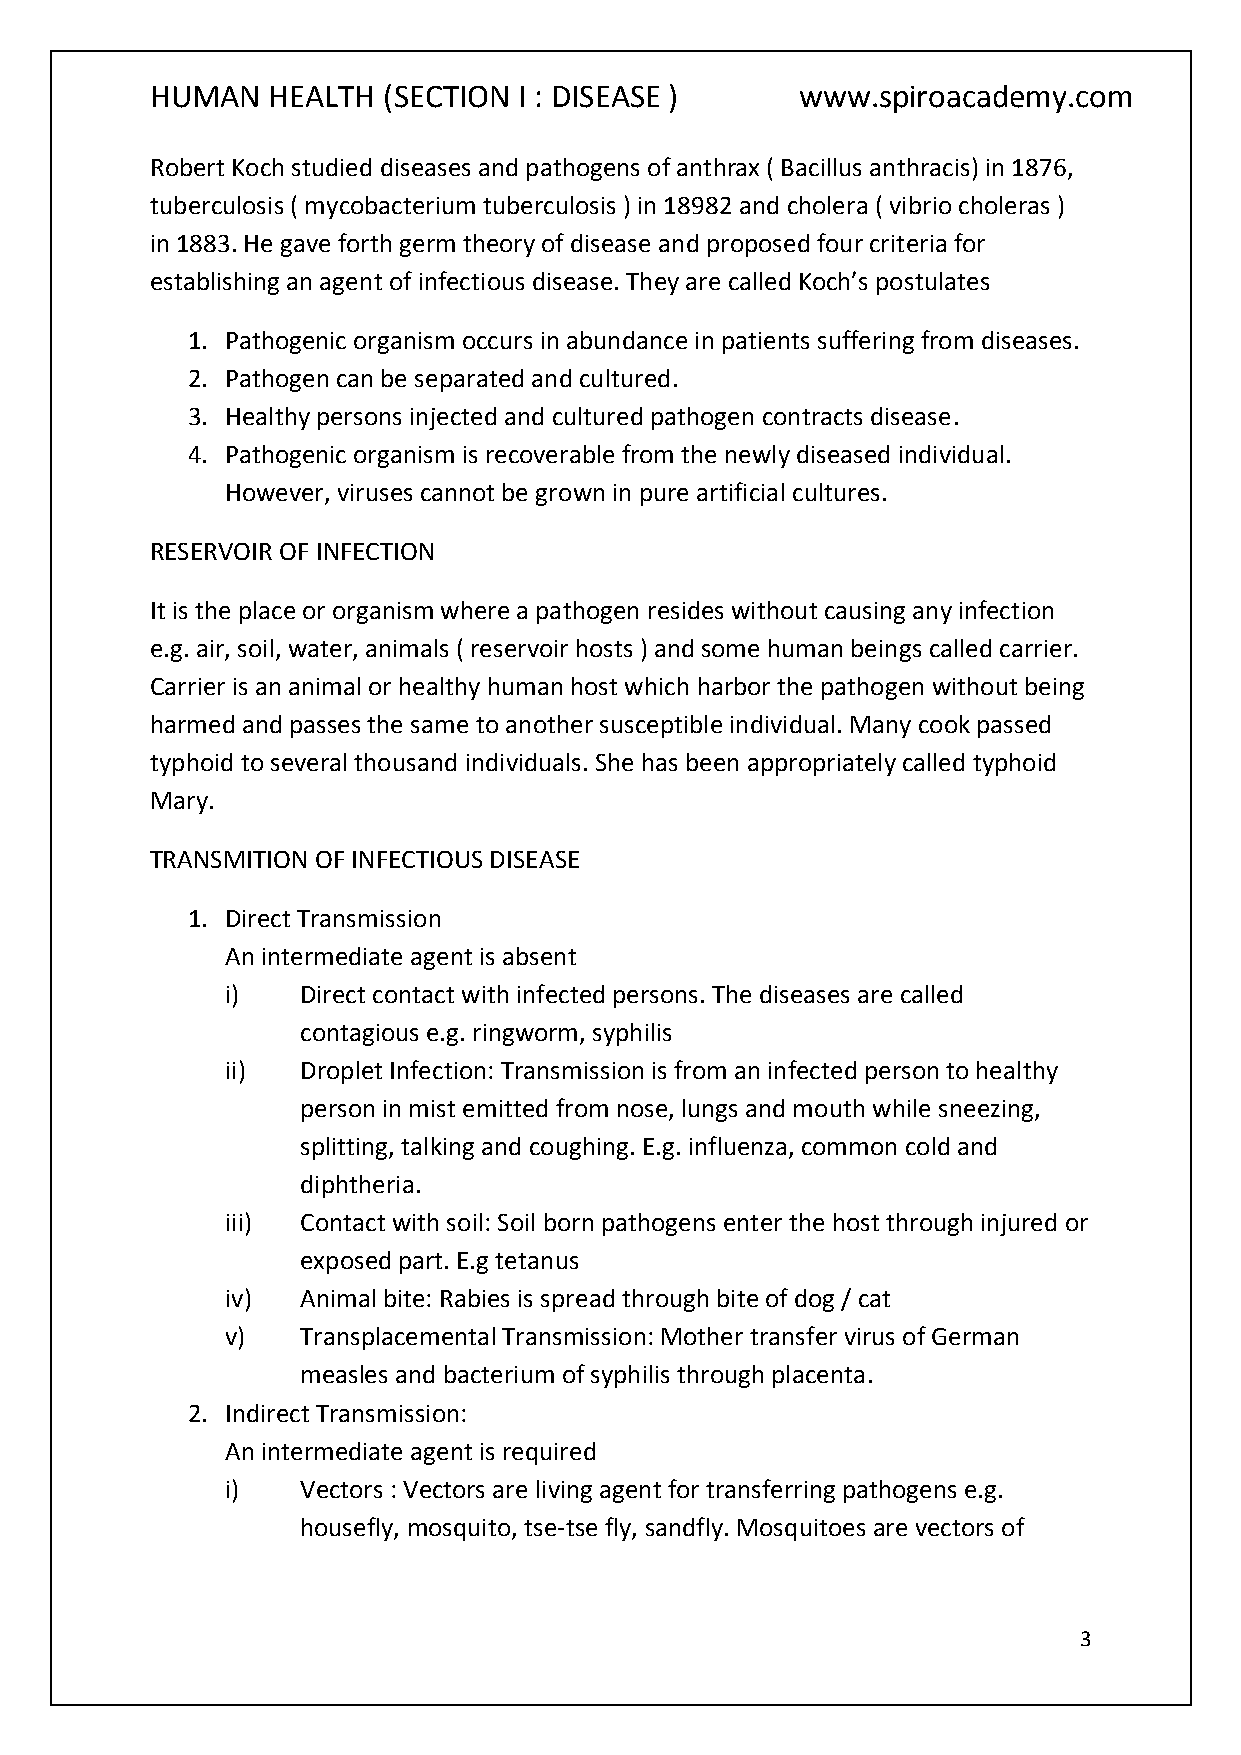
HUMAN   HEALTH (SECTION I : DISEASE )      www.spiroacademy.com
 Robert Koch studied diseases and pathogens of anthrax ( Bacillus anthracis) in 1876,
 tuberculosis ( mycobacterium tuberculosis ) in 18982 and cholera ( vibrio choleras )
 in 1883. He gave forth germ theory of disease and proposed four criteria for
 establishing an agent of infectious disease. They are called Koch’s postulates
 1. Pathogenic organism occurs in abundance in patients suffering from diseases.
 2. Pathogen can be separated and cultured.
 3. Healthy persons injected and cultured pathogen contracts disease.
 4. Pathogenic organism is recoverable from the newly diseased individual.
 However, viruses cannot be grown in pure artificial cultures.
 RESERVOIR OF INFECTION
 It is the place or organism where a pathogen resides without causing any infection
 e.g. air, soil, water, animals ( reservoir hosts ) and some human beings called carrier.
 Carrier is an animal or healthy human host which harbor the pathogen without being
 harmed and passes the same to another susceptible individual. Many cook passed
 typhoid to several thousand individuals. She has been appropriately called typhoid
 Mary.
 TRANSMITION OF INFECTIOUS DISEASE
 1. Direct Transmission
 An intermediate agent is absent
 i)   Direct contact with infected persons. The diseases are called
 contagious e.g. ringworm, syphilis
 ii)  Droplet Infection: Transmission is from an infected person to healthy
 person in mist emitted from nose, lungs and mouth while sneezing,
 splitting, talking and coughing. E.g. influenza, common cold and
 diphtheria.
 iii) Contact with soil: Soil born pathogens enter the host through injured or
 exposed part. E.g tetanus
 iv)  Animal bite: Rabies is spread through bite of dog / cat
 v)   Transplacemental Transmission: Mother transfer virus of German
 measles and bacterium of syphilis through placenta.
 2. Indirect Transmission:
 An intermediate agent is required
 i)   Vectors : Vectors are living agent for transferring pathogens e.g.
 housefly, mosquito, tse-tse fly, sandfly. Mosquitoes are vectors of
 3